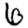
Digit: 6